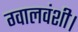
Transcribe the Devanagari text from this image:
ग्वालवंशी।